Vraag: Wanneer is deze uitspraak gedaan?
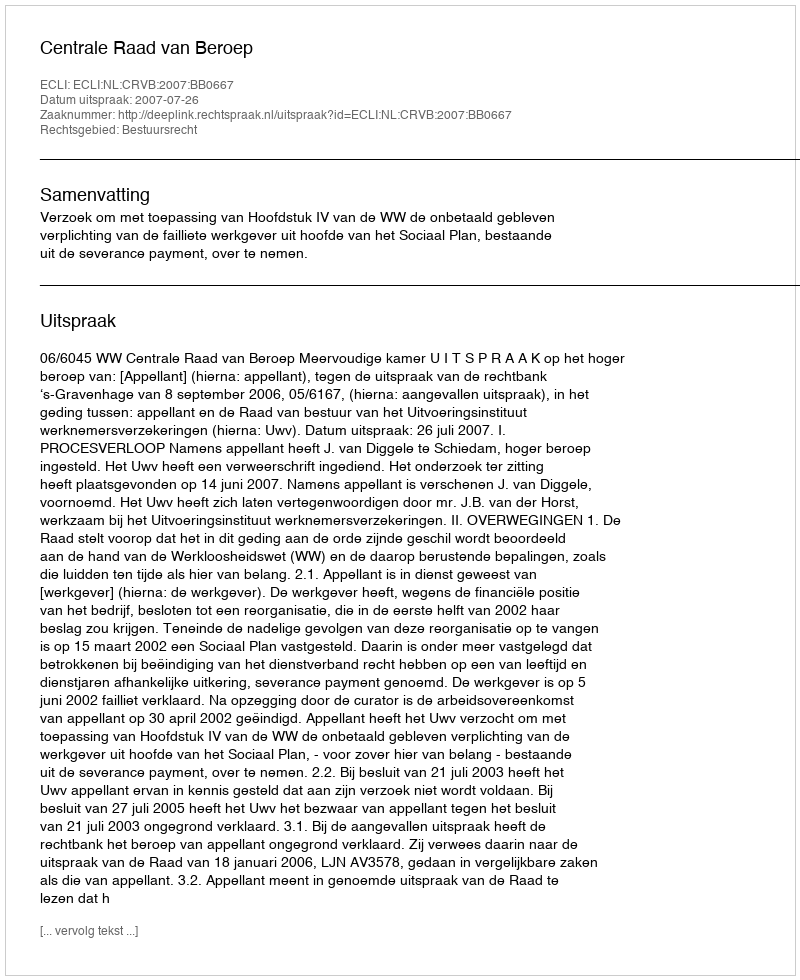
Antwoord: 2007-07-26